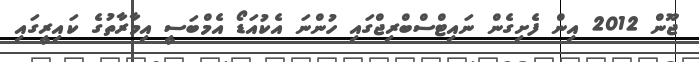
ޖޫން 2012 އިން ފެށިގެން ނައިޓްސްބްރިޖްގައި ހުންނަ އެކުއަޑޯ އެމްބަސީ އިމާރާތުގެ ކައިރީގައި